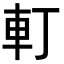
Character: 𨊡